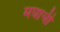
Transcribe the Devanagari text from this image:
मघाची